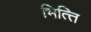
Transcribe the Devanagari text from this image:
भित्‍ति